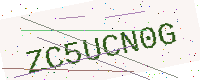
Text: ZC5UCN0G